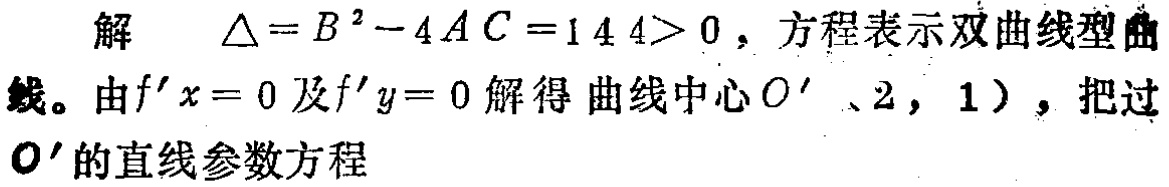
解 $\Delta = B^{2}-4AC = 144>0$，方程表示双曲线型曲线。由$f^{\prime}x = 0$及$f^{\prime}y = 0$解得曲线中心$O^{\prime}(2,1)$，把过$O^{\prime}$的直线参数方程